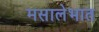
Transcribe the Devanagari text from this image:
मसालेभात